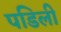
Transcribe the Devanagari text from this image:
पडिली